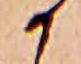
か